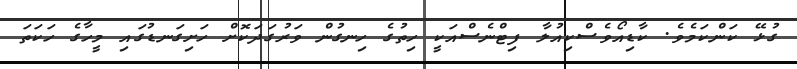
ގުޅޭ ކަންކަމެވެ. ކާޑިއޯވެސްކިއުލާ ފިޓްނެސްއަކީ ހިތުގެ ހިނގުން ވަރުގަދަކޮށް ހަށިގަނޑުގައި މީހާގެ ހަކަތަ